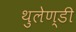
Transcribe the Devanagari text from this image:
थुलेण्डी